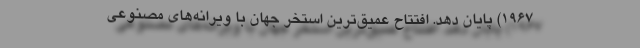
1967) پایان دهد. افتتاح عمیق‌ترین استخر جهان با ویرانه‌های مصنوعی